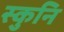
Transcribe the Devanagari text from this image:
स्कुनि